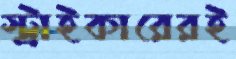
স্ট্রাইকারেরই